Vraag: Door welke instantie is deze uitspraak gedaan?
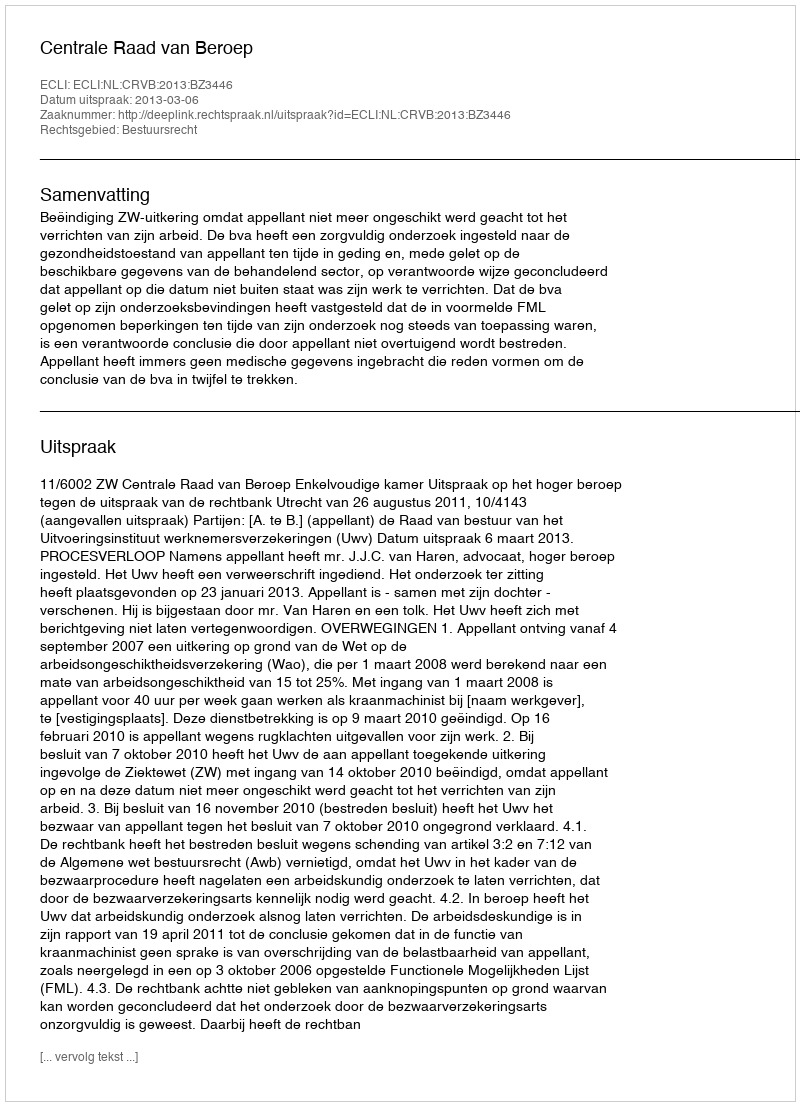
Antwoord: Centrale Raad van Beroep